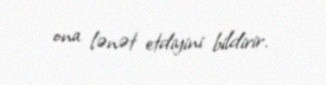
ona lənət etdiyini bildirir.